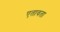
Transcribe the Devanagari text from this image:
एतावता